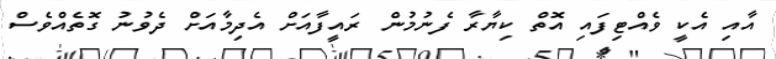
އާއި އެކީ ވެއްޓިފައި އޮތް ކިޔާރާ ފެނުމުން ރައީފާއަށް އެދިމާއަށް ދެވުނު ގޮތެއްވެސް